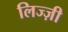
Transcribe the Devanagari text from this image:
लिज्ज़ी